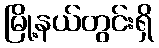
မြို့နယ်တွင်းရှိ